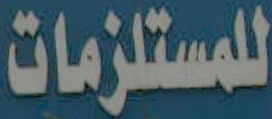
للمستلزمات